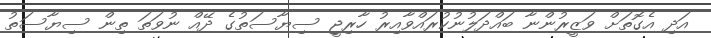
އަދި އެގޮތަށް ވަޒީރުންނާ ބައްދަލުނުކުރައްވާއިރު ހާރިޖީ ސިޔާސަތުގެ ދޭއް ނުވަތަ ތިން ސިޔާސަތު